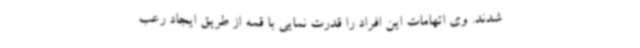
شدند. وی اتهامات این افراد را قدرت نمایی با قمه از طریق ایجاد رعب